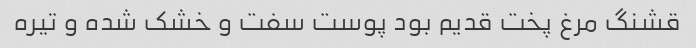
قشنگ مرغ پخت قدیم بود پوست سفت و خشک شده و تیره